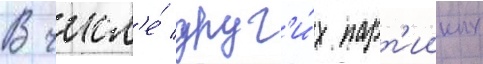
В числ'е́ друг'и́х парт'ииных